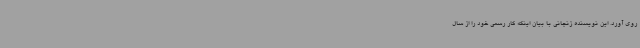
روی آورد. این نویسنده زنجانی با بیان اینکه کار رسمی خود را از سال